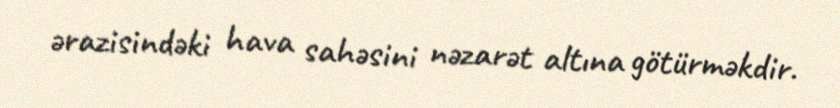
ərazisindəki hava sahəsini nəzarət altına götürməkdir.